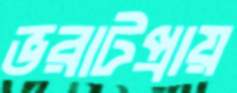
ভরাটপ্রায়